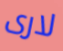
لارى